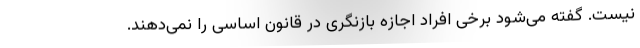
نیست. گفته می‌شود برخی افراد اجازه بازنگری در قانون اساسی را نمی‌دهند.